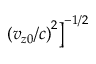
\left. \left( v _ { z 0 } / c \right) ^ { 2 } \right] ^ { - 1 / 2 }